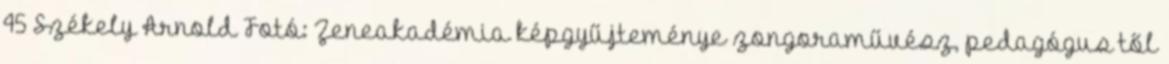
45 Székely Arnold Fotó: Zeneakadémia képgyűjteménye zongoraművész, pedagógus től